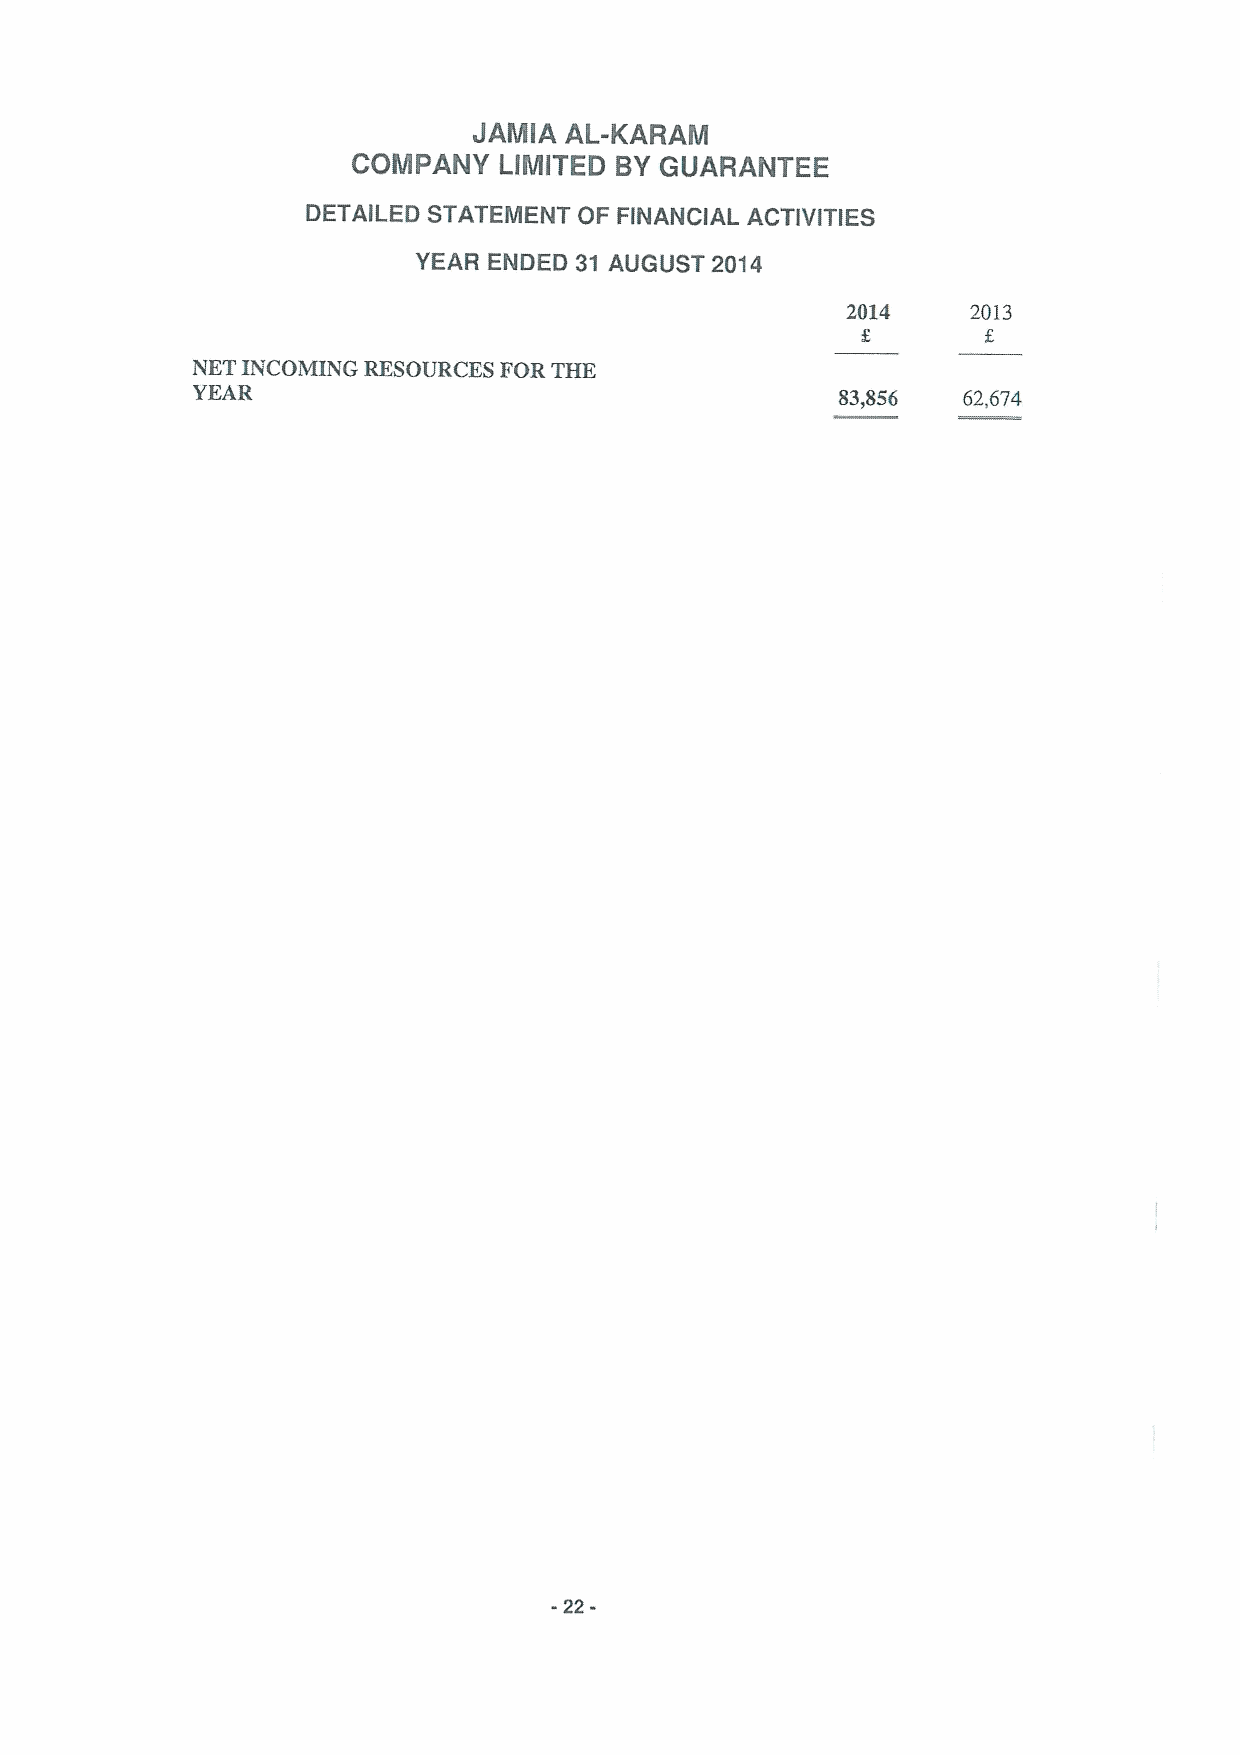
JAMIA AL-KARAM
 COMPANY   LIMITED BYGUARANTEE
 DETAILED STATEMENT OF FINANCIAL ACTIVITIES
 YEAR ENDED 31 AUGUST 2014
 2014    2013
 NET INCOMING RESOURCES FOR THE
 YEAR                                       83,856  62,674
 -22-